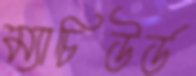
ম্যাচিউর্ড